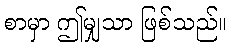
စာမှာ ဤမျှသာ ဖြစ်သည်။